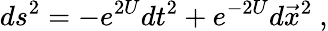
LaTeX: ds^{2}=-e^{2U}dt^{2}+e^{-2U}d\vec{x}^{2}\ ,